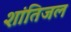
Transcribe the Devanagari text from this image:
शांतिजल